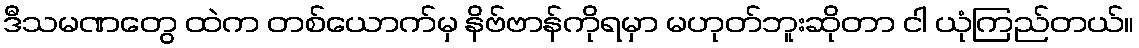
ဒီသမဏတွေ ထဲက တစ်ယောက်မှ နိဗ်ဗာန်ကိုရမှာ မဟုတ်ဘူးဆိုတာ ငါ ယုံကြည်တယ်။